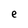
Character: e